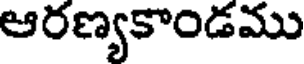
ఆరణ్యకాండము